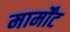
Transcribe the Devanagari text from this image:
मार्मोंट